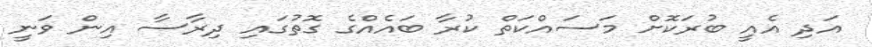
އަދި އެއީ ބުރަކޮށް މަސައްކަތް ކުރާ ބައެއްގެ ގޮތުގައި ދިރާސާ އިން ވަނީ